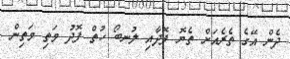
ދެން އޭގެ ތެރެއަށް ތެޔޮ ފޮދާއި ލުނބޯ ހުތް ފޮދު މަތި މަތިން